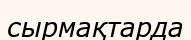
сырмақтарда